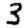
Digit: 3